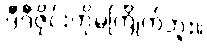
ဒီဒီဇိုင်းကိုမကြိုက်ဘူး။